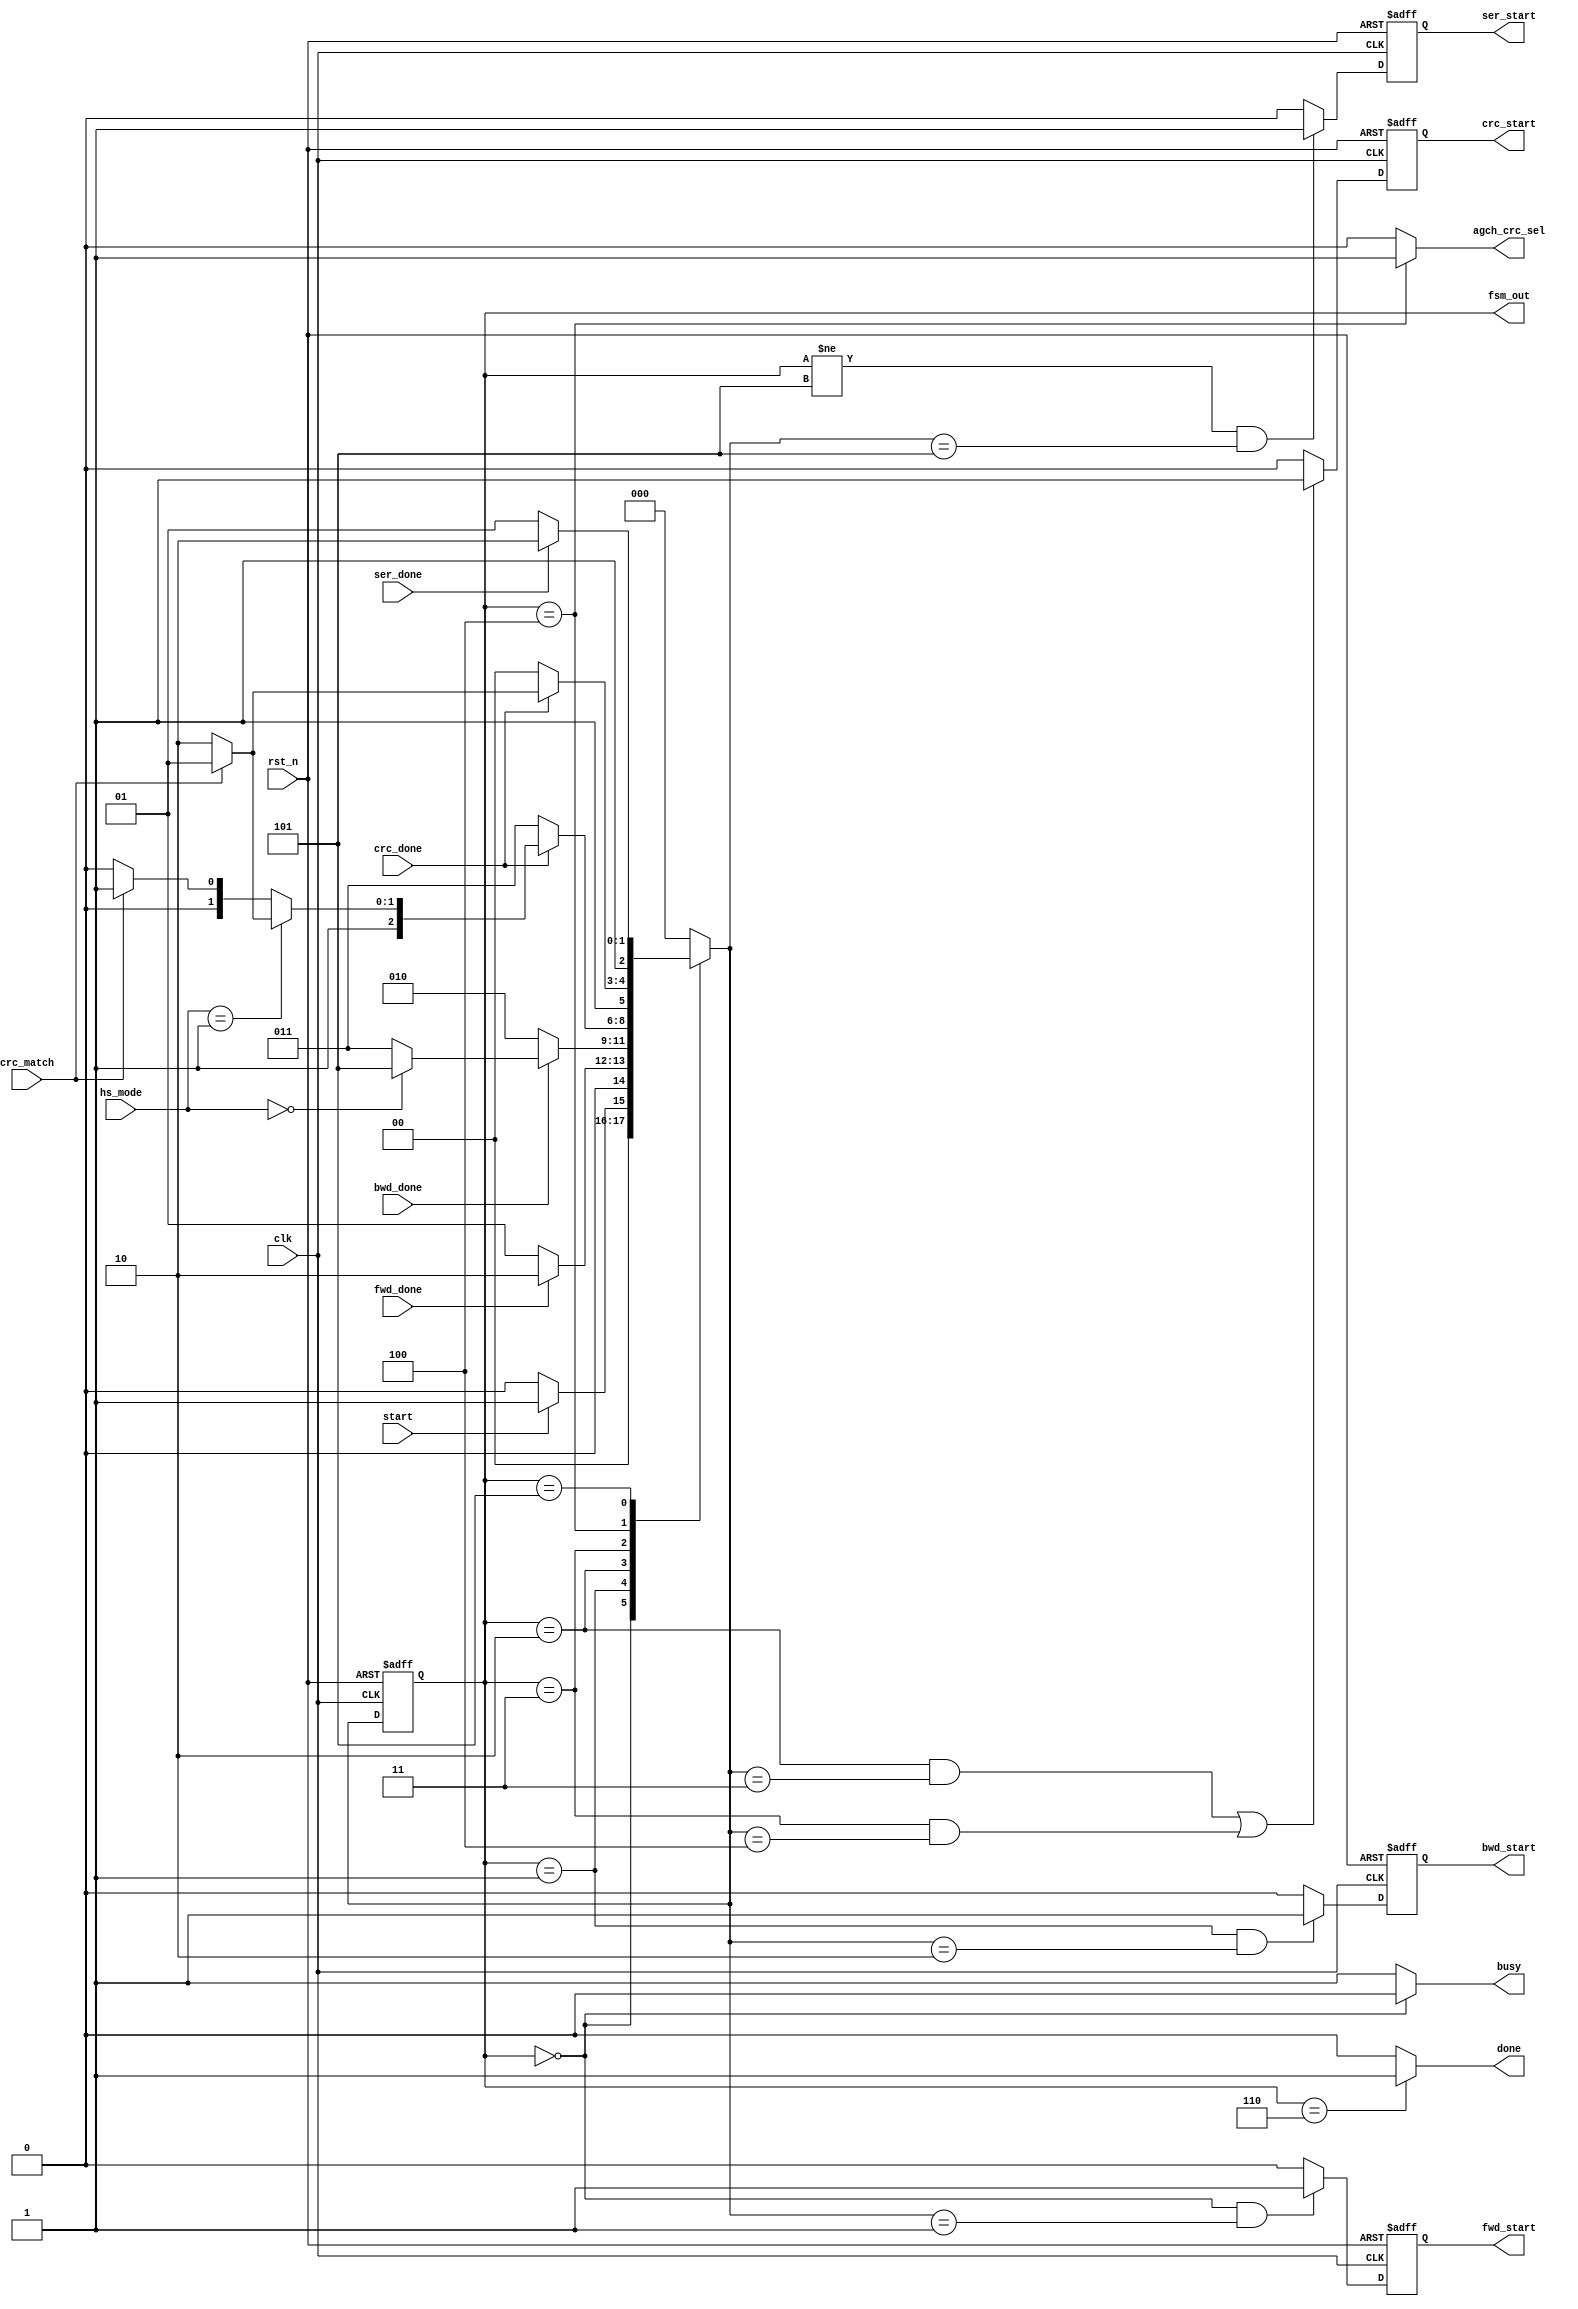
//////////////////////////////////////////////////////////////////////////////
// Module Name          : vdec_hs_ctrl                                      //
//                                                                          //
// Type                 : Module                                            //
//                                                                          //
// Module Description   : FSM of vdec_hs                                    //
//                                                                          //
// Timing Constraints   : Module is designed to work with a clock frequency //
//                        of 307.2 MHz                                      //
//                                                                          //
// Revision History     : 20171004    V0.1    File created                  //
//                                                                          //
//////////////////////////////////////////////////////////////////////////////
module vdec_hs_ctrl (
    clk,
    rst_n,
    start,
    busy,
    done,
    hs_mode,
    crc_match,
    agch_crc_sel,
    fwd_start,
    fwd_done,
    bwd_start,
    bwd_done,
    crc_start,
    crc_done,
    ser_start,
    ser_done,
    fsm_out
);

//---------------------------------------------------------------------------
// port
//---------------------------------------------------------------------------
input                       clk;
input                       rst_n;
input                       start;
output                      busy;
output                      done;
input   [ 1:0]              hs_mode;
input                       crc_match;
output                      agch_crc_sel;
output                      fwd_start;
input                       fwd_done;
output                      bwd_start;
input                       bwd_done;
output                      crc_start;
input                       crc_done;
output                      ser_start;
input                       ser_done;
output  [ 2:0]              fsm_out;
reg                         fwd_start;
reg                         bwd_start;
reg                         crc_start;
reg                         ser_start;
// internal wires
reg     [ 2:0]              fsm;
reg     [ 2:0]              fsm_next;
// State Machine Define
parameter   IDLE            = 3'b000;
parameter   FWD             = 3'b001;
parameter   BWD             = 3'b010;
parameter   CRC1            = 3'b011;
parameter   CRC2            = 3'b100;
parameter   SER             = 3'b101;
parameter   FINISH          = 3'b110;
// fsm
always @(posedge clk or negedge rst_n) begin
    if (~rst_n) begin
        fsm <= IDLE;
    end
    else begin
        fsm <= fsm_next;
    end
end
// fsm_next
always @(*) begin
    case (fsm)
        IDLE :      // wait for start
            if (start) begin
                fsm_next = FWD;
            end
            else begin
                fsm_next = IDLE;
            end
        FWD :       // vdec forward
            if (fwd_done) begin
                fsm_next = BWD;
            end
            else begin
                fsm_next = FWD;
            end
        BWD :       // vdec traceback
            if (bwd_done) begin
                if (hs_mode == 2'b00) begin     // part1
                    fsm_next = SER;
                end
                else begin
                    fsm_next = CRC1;
                end
            end
            else begin
                fsm_next = BWD;
            end
        CRC1 :      // 1st CRC check
            if (crc_done) begin
                if (hs_mode == 2'b01) begin     // part2
                    if (crc_match) begin
                        fsm_next = SER;
                    end
                    else begin
                        fsm_next = FINISH;
                    end
                end
                else begin                      // agch
                    if (crc_match) begin
                        fsm_next = SER;
                    end
                    else begin
                        fsm_next = CRC2;
                    end
                end
            end
            else begin
                fsm_next = CRC1;
            end
        CRC2 :      // 2nd CRC check
            if (crc_done) begin
                if (crc_match) begin
                    fsm_next = SER;
                end
                else begin
                    fsm_next = FINISH;
                end
            end
            else begin
                fsm_next = CRC2;
            end
        SER :       // SER calc
            if (ser_done) begin
                fsm_next = FINISH;
            end
            else begin
                fsm_next = SER;
            end
        FINISH :    // Finish!!
            fsm_next = IDLE;
        default :
            fsm_next = IDLE;
    endcase
end
// drive output
// fwd_start
always @(posedge clk or negedge rst_n) begin
    if (~rst_n) begin
        fwd_start <= 1'd0;
    end
    else begin
        if (fsm == IDLE && fsm_next == FWD) begin
            fwd_start <= 1'd1;
        end
        else begin
            fwd_start <= 1'd0;
        end
    end
end
// bwd_start
always @(posedge clk or negedge rst_n) begin
    if (~rst_n) begin
        bwd_start <= 1'd0;
    end
    else begin
        if (fsm == FWD && fsm_next == BWD) begin
            bwd_start <= 1'd1;
        end
        else begin
            bwd_start <= 1'd0;
        end
    end
end
// crc_start
always @(posedge clk or negedge rst_n) begin
    if (~rst_n) begin
        crc_start <= 1'd0;
    end
    else begin
        if ((fsm == BWD && fsm_next == CRC1) || (fsm == CRC1 && fsm_next == CRC2)) begin
            crc_start <= 1'd1;
        end
        else begin
            crc_start <= 1'd0;
        end
    end
end
// ser_start
always @(posedge clk or negedge rst_n) begin
    if (~rst_n) begin
        ser_start <= 1'd0;
    end
    else begin
        if (fsm != SER && fsm_next == SER) begin
            ser_start <= 1'd1;
        end
        else begin
            ser_start <= 1'd0;
        end
    end
end
// Output
assign fsm_out      = fsm;
assign agch_crc_sel = (fsm == CRC2  ) ? 1'd1 : 1'd0;
assign busy         = (fsm == IDLE  ) ? 1'd0 : 1'd1;
assign done         = (fsm == FINISH) ? 1'd1 : 1'd0;

endmodule